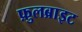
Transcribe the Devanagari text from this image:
फ़ुलब्राइट